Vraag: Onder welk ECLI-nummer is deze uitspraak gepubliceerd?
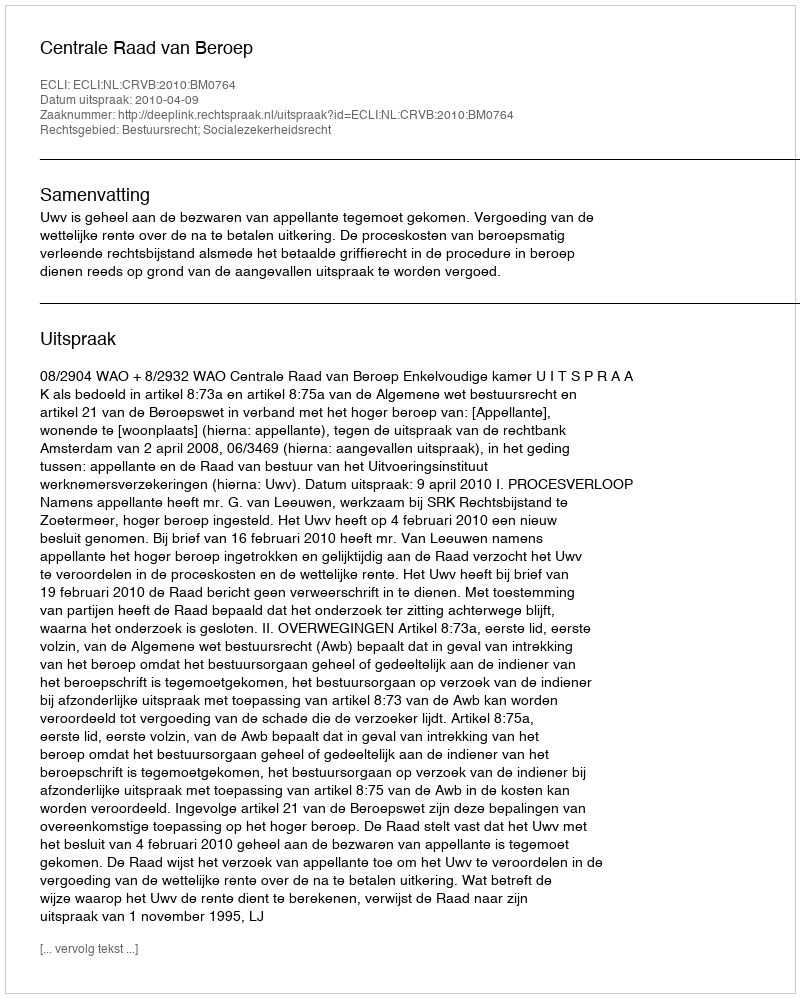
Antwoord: ECLI:NL:CRVB:2010:BM0764